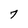
Character: 7